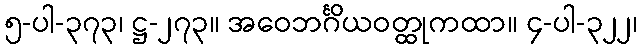
၅-ပါ-၃၇၃၊ ဋ္ဌ-၂၇၃။ အဝေဘင်္ဂိယဝတ္ထုကထာ။ ၄-ပါ-၃၂၂၊